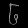
Digit: ၆